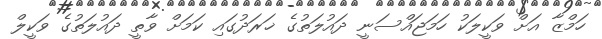
ހަމްޒާ އަށް ވަކީލަކު ހަމަޖައްސަނީ ދައުލަތުގެ ޚަރަދުގައި ކަމަށް ވާތީ ދައުލަތުގެ ވަކީލް